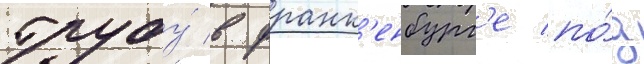
трубу́ в франк'енбург'е по́д